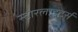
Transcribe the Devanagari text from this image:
स्टारलाइटर्स